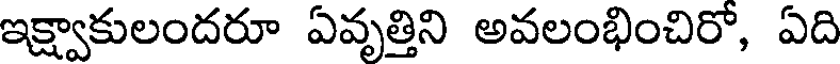
ఇక్ష్వాకులందరూ ఏవృత్తిని అవలంభించిరో, ఏది